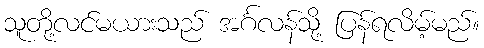
သူတို့လင်မယားသည် အင်္ဂလန်သို့ ပြန်ရလိမ့်မည်။